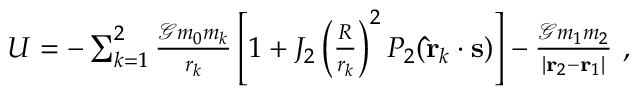
\begin{array} { r } { U = - \sum _ { k = 1 } ^ { 2 } \frac { \mathcal { G } m _ { 0 } m _ { k } } { r _ { k } } \left[ 1 + J _ { 2 } \left( \frac { R } { r _ { k } } \right) ^ { 2 } P _ { 2 } ( \mathbf { \hat { r } } _ { k } \cdot \mathbf { s } ) \right] - \frac { \mathcal { G } m _ { 1 } m _ { 2 } } { | \mathbf { r } _ { 2 } - \mathbf { r } _ { 1 } | } \ , } \end{array}